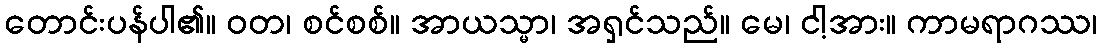
တောင်းပန်ပါ၏။ ဝတ၊ စင်စစ်။ အာယသ္မာ၊ အရှင်သည်။ မေ၊ ငါ့အား။ ကာမရာဂဿ၊